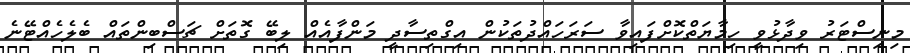
މިނިސްޓަރު ވިދާޅުވީ ހިމާޔަތްކޮށްފައިވާ ސަރަހައްދުތަކުން އިގްތިސާދީ މަންފާއެއް ލިބޭ ގޮތަށް ޗަސްބިންތައް ބެލެހެއްޓޭނެ